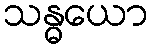
သန္ဓယော